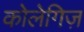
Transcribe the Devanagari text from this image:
कोलेगिज़